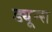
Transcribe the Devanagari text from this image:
ड्यून्स